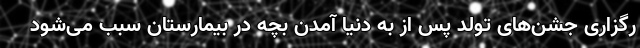
رگزاری جشن‌های تولد پس از به دنیا آمدن بچه در بیمارستان سبب می‌شود